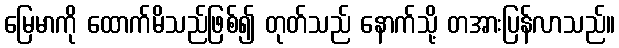
မြေမာကို ထောက်မိသည်ဖြစ်၍ တုတ်သည် နောက်သို့ တအားပြန်လာသည်။